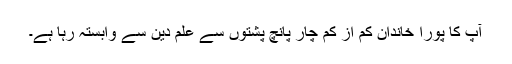
آپ کا پورا خاندان کم از کم چار پانچ پشتوں سے علم دین سے وابستہ رہا ہے۔